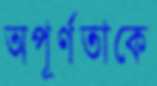
অপূর্ণতাকে